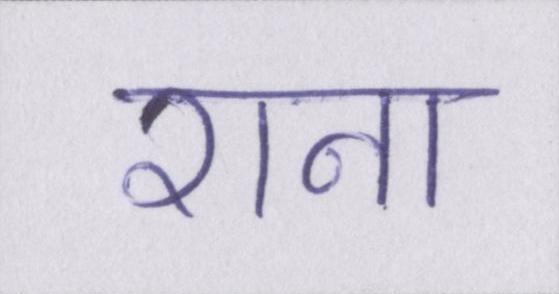
राना